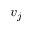
v _ { j }